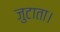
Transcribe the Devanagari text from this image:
जुटाता।